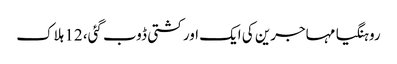
روہنگیا مہاجرین کی ایک اور کشتی ڈوب گئی، 12 ہلاک